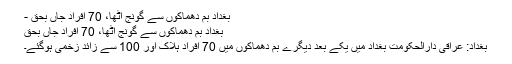
بغداد بم دھماکوں سے گونج اٹھا، 70 افراد جاں بحق -
بغداد بم دھماکوں سے گونج اٹھا، 70 افراد جاں بحق
بغداد: عراقی دارالحکومت بغداد میں یکے بعد دیگرے بم دھماکوں میں 70 افراد ہلاک اور 100 سے زائد زخمی ہوگئے۔